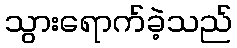
သွားရောက်ခဲ့သည်